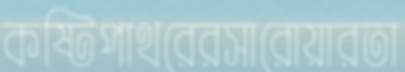
কষ্টিপাথরেরসারোয়ারতা